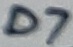
Text: D7